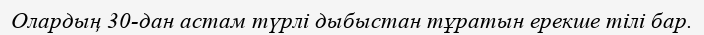
Олардың 30-дан астам түрлі дыбыстан тұратын ерекше тілі бар.